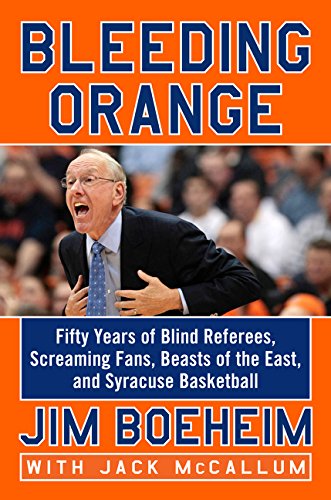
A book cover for Bleeding Orange: Fifty Years of Blind Referees, Screaming Fans, Beasts of the East, and Syracuse Basketball; Jim Boeheim; Biographies & Memoirs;